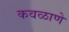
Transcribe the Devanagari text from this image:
कवळाणे